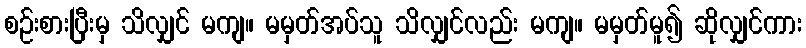
စဉ်းစားပြီးမှ သိလျှင် မကျ။ မမှတ်အပ်သူ သိလျှင်လည်း မကျ။ မမှတ်မူ၍ ဆိုလျှင်ကား